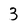
Character: 3